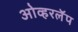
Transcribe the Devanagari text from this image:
ओव्हरलॅप